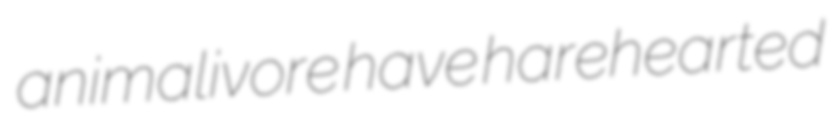
animalivore have harehearted